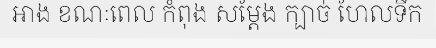
អាង ខណៈពេល កំពុង សម្តែង ក្បាច់ ហែលទឹក